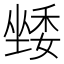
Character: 𭏯